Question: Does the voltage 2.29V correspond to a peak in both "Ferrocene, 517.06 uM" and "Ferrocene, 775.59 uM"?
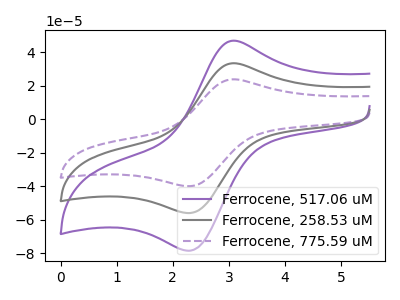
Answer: <think>The purple curve "Ferrocene, 517.06 uM" has an anodic peak at (3.05V, 46.95uA) and a cathodic peak at (2.30V, -78.45uA). The gray curve "Ferrocene, 258.53 uM" has an anodic peak at (3.05V, 33.50uA) and a cathodic peak at (2.30V, -55.95uA). The purple dashed curve "Ferrocene, 775.59 uM" has an anodic peak at (3.05V, 66.95uA) and a cathodic peak at (2.30V, -111.90uA).</think>
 <answer>Yes, "Ferrocene, 517.06 uM" and "Ferrocene, 775.59 uM" share a peak at 2.29V.</answer>
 <eval>match</eval>